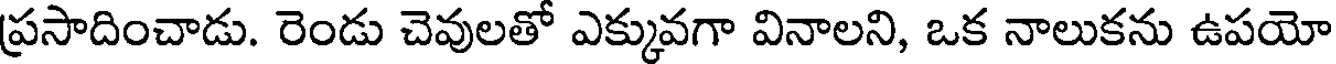
ప్రసాదించాడు. రెండు చెవులతో ఎక్కువగా వినాలని, ఒక నాలుకను ఉపయో